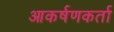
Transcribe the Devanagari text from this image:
आकर्षणकर्ता